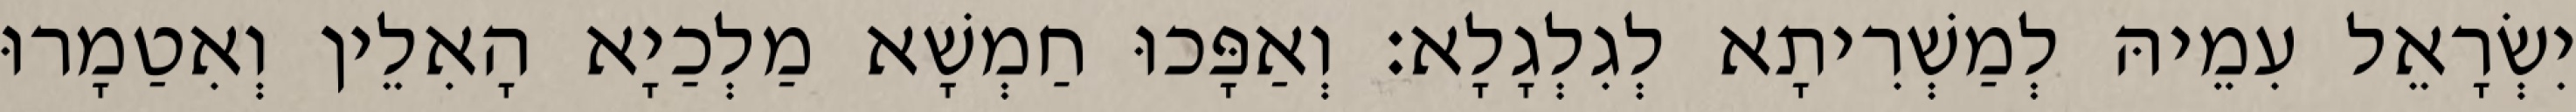
יִשְׂרָאֵל עִמֵיהּ לְמַשְׁרִיתָא לְגִלְגָלָא׃ וְאַפָּכוּ חַמְשָׁא מַלְכַיָא הָאִלֵין וְאִטַמָרוּ